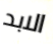
الابد